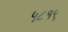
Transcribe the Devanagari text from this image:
५८१९